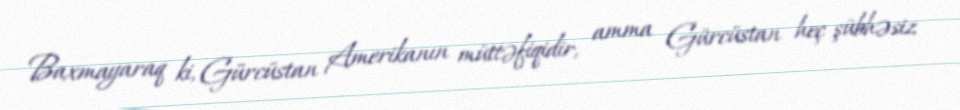
Baxmayaraq ki, Gürcüstan Amerikanın müttəfiqidir, amma Gürcüstan heç şübhəsiz